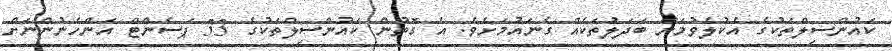
ކައުންސިލްތަކުގެ އެކުލެވުމަށް ބަދަލުތަކެއް ގެނައުމަށެވެ. އެ ގޮތުން ކައުންސިލްތަކުގެ 33 ޕަސެންޓް އަންހެނުންނަށް